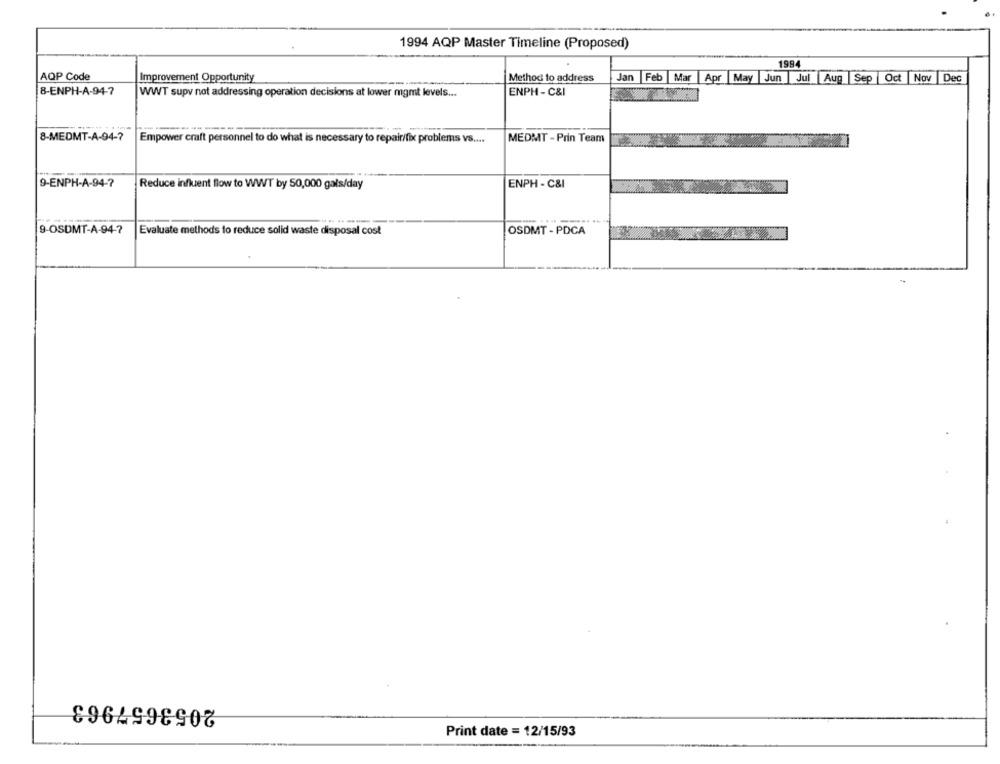
1994 AQP Master Timeline (Proposed)
1994
AQP Code
Method to address
Jan
Feb
Mar
Apr
Sep Oct Nov
Improvement Opportunity
---
May |Jun Jul Aug
Dec
8-ENPH-A-94-7
ENPH - C&I
WWT supv not addressing operation decisions at lower mgmt levels ...
8-MEDMT-A-94-7
Empower craft personnel to do what is necessary to repair/fix problems vs ....
MEDMT - Prin Team
9-ENPH-A-94-7
Reduce influent flow to WWT by 50,000 gals/day
ENPH - C&I
9-OSDMT-A-94-7
Evaluate methods to reduce solid waste disposal cost
OSDMT - PDCA
8964998908
Print date = 12/15/93